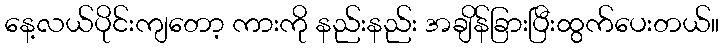
နေ့လယ်ပိုင်းကျတော့ ကားကို နည်းနည်း အချိန်ခြားပြီးထွက်ပေးတယ်။